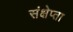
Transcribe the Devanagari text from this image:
संक्षेप्ता